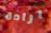
ارادة